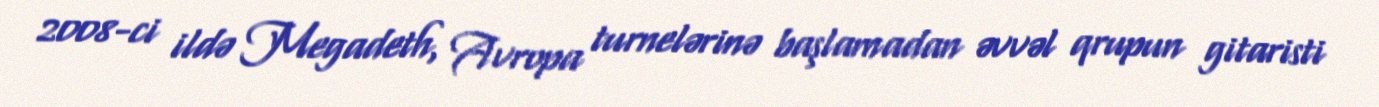
2008-ci ildə Megadeth, Avropa turnelərinə başlamadan əvvəl qrupun gitaristi